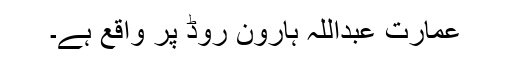
عمارت عبداللہ ہارون روڈ پر واقع ہے۔